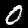
Digit: 0